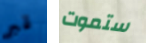
قبر ستموت